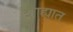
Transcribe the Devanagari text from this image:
शाह्यात